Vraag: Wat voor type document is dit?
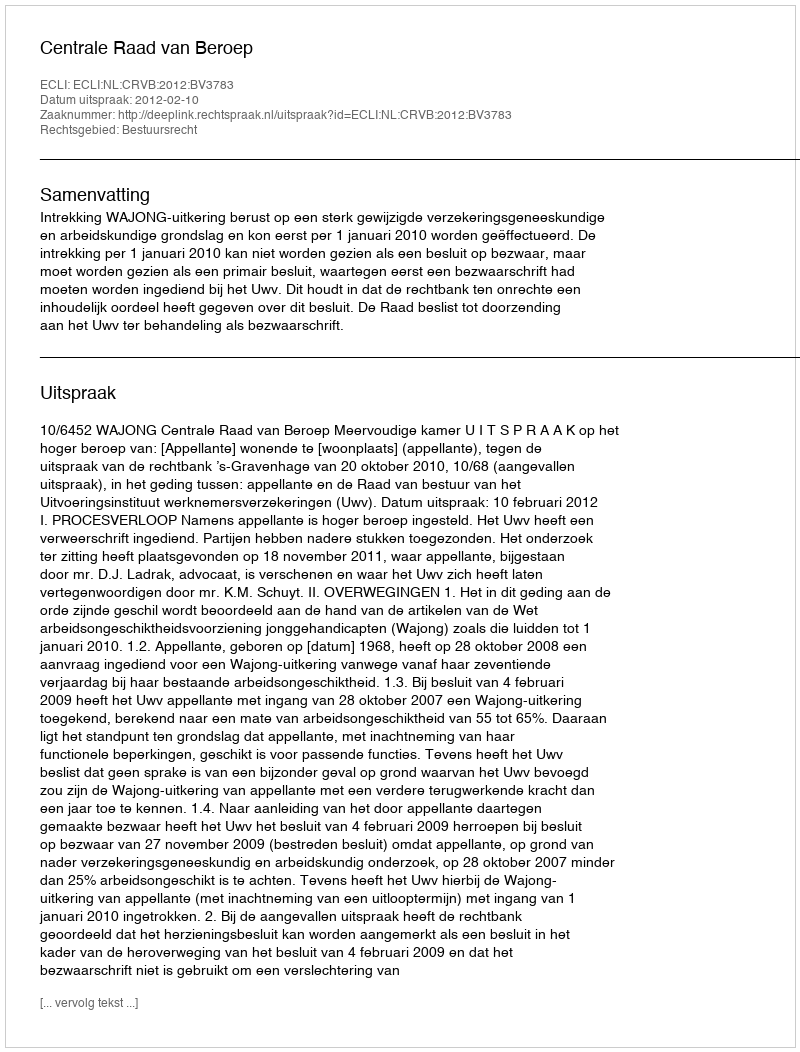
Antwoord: Uitspraak